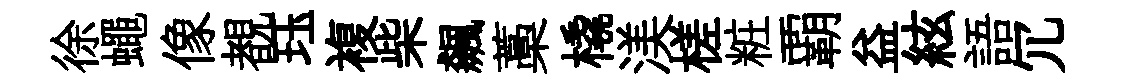
徐蠅像覩珏複柴飆藁橇渼槎粧覇益絃語冗